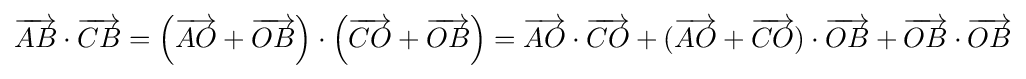
{\overrightarrow {AB}}\cdot {\overrightarrow {CB}}=\left({\overrightarrow {AO}}+{\overrightarrow {OB}}\right)\cdot \left({\overrightarrow {CO}}+{\overrightarrow {OB}}\right)={\overrightarrow {AO}}\cdot {\overrightarrow {CO}}+({\overrightarrow {AO}}+{\overrightarrow {CO}})\cdot {\overrightarrow {OB}}+{\overrightarrow {OB}}\cdot {\overrightarrow {OB}}